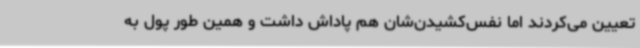
تعیین می‌کردند اما نفس‌کشیدن‌شان هم پاداش داشت و همین‌ طور پول به